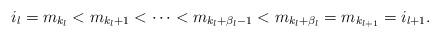
LaTeX: \begin{align*}i_l = m_{k_l}<m_{k_l+1}<\dots <m_{k_l+\beta _l-1}<m_{k_l+\beta _l}=m_{k_{l+1}}=i_{l+1}.\end{align*}